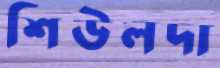
শিউলদা